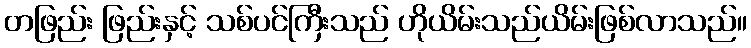
တဖြည်း ဖြည်းနှင့် သစ်ပင်ကြီးသည် ဟိုယိမ်းသည်ယိမ်းဖြစ်လာသည်။